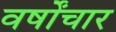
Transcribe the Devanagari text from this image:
वर्षोंचार